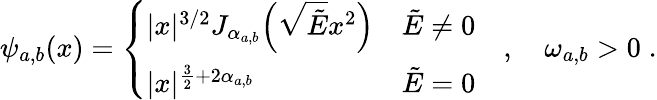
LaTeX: \psi_{a,b}(x)=\left\{ \begin{array}{ll}{|x|^{3/2}J_{\alpha_{a,b}}\! \left(\sqrt{\tilde{E}}x^{2}\right)}&{\tilde{E}\neq 0}\\ {|x|^{\frac{3}{2}+2\alpha_{a,b}}}&{\tilde{E}=0}\end{array}\right.\quad,\quad\omega_{a,b}>0\; .